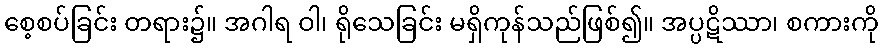
စေ့စပ်ခြင်း တရား၌။ အဂါရ ဝါ၊ ရိုသေခြင်း မရှိကုန်သည်ဖြစ်၍။ အပ္ပဋိဿာ၊ စကားကို